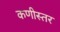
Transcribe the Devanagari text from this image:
कणीस्तर